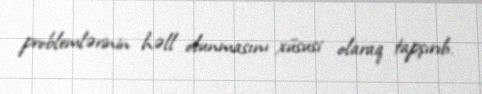
problemlərinin həll olunmasını xüsusi olaraq tapşırıb.